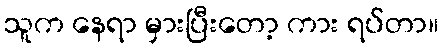
သူက နေရာ မှားပြီးတော့ ကား ရပ်တာ။